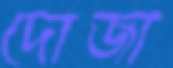
দোজা